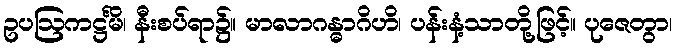
ဥပဩကဋ္ဌင်္မိ၊ နီးစပ်ရာ၌။ မာလာဂန္ဓာဂိဟိ၊ ပန်းနံ့သာတို့ဖြင့်။ ပုဇေတွာ၊